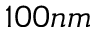
1 0 0 n m